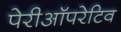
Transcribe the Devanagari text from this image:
पेरीऑपरेटिव